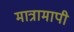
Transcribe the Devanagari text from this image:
मात्रामापी